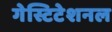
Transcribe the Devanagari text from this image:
गेस्टिटेशनल